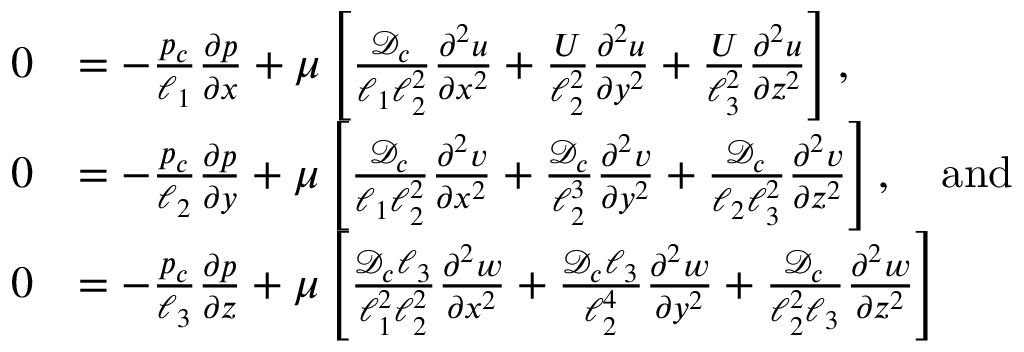
\begin{array} { r l } { 0 } & { = - \frac { p _ { c } } { \ell _ { 1 } } \frac { \partial p } { \partial x } + \mu \left[ \frac { { \mathcal { D } } _ { c } } { \ell _ { 1 } \ell _ { 2 } ^ { 2 } } \frac { \partial ^ { 2 } u } { \partial x ^ { 2 } } + \frac { U } { \ell _ { 2 } ^ { 2 } } \frac { \partial ^ { 2 } u } { \partial y ^ { 2 } } + \frac { U } { \ell _ { 3 } ^ { 2 } } \frac { \partial ^ { 2 } u } { \partial z ^ { 2 } } \right] , } \\ { 0 } & { = - \frac { p _ { c } } { \ell _ { 2 } } \frac { \partial p } { \partial y } + \mu \left[ \frac { { \mathcal { D } } _ { c } } { \ell _ { 1 } \ell _ { 2 } ^ { 2 } } \frac { \partial ^ { 2 } v } { \partial x ^ { 2 } } + \frac { { \mathcal { D } } _ { c } } { \ell _ { 2 } ^ { 3 } } \frac { \partial ^ { 2 } v } { \partial y ^ { 2 } } + \frac { { \mathcal { D } } _ { c } } { \ell _ { 2 } \ell _ { 3 } ^ { 2 } } \frac { \partial ^ { 2 } v } { \partial z ^ { 2 } } \right] , \quad \mathrm { a n d } } \\ { 0 } & { = - \frac { p _ { c } } { \ell _ { 3 } } \frac { \partial p } { \partial z } + \mu \left[ \frac { { \mathcal { D } } _ { c } \ell _ { 3 } } { \ell _ { 1 } ^ { 2 } \ell _ { 2 } ^ { 2 } } \frac { \partial ^ { 2 } w } { \partial x ^ { 2 } } + \frac { { \mathcal { D } } _ { c } \ell _ { 3 } } { \ell _ { 2 } ^ { 4 } } \frac { \partial ^ { 2 } w } { \partial y ^ { 2 } } + \frac { { \mathcal { D } } _ { c } } { \ell _ { 2 } ^ { 2 } \ell _ { 3 } } \frac { \partial ^ { 2 } w } { \partial z ^ { 2 } } \right] } \end{array}